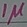
Text: 1µ